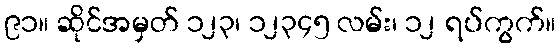
၉၁။ ဆိုင်အမှတ် ၁၂၃၊ ၁၂၃၄၅ လမ်း၊ ၁၂ ရပ်ကွက်။